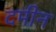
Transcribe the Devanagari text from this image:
दमीन